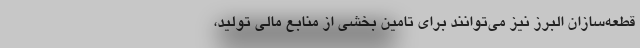
قطعه‌سازان البرز نیز می‌توانند برای تامین بخشی از منابع مالی تولید،